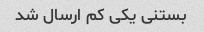
بستنی یکی کم ارسال شد